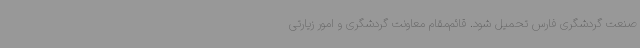
صنعت گردشگری فارس تحمیل شود. قائم‌مقام معاونت گردشگری و امور زیارتی